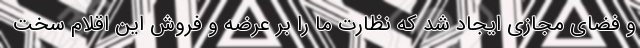
و فضای مجازی ایجاد شد که نظارت ما را بر عرضه و فروش این اقلام سخت